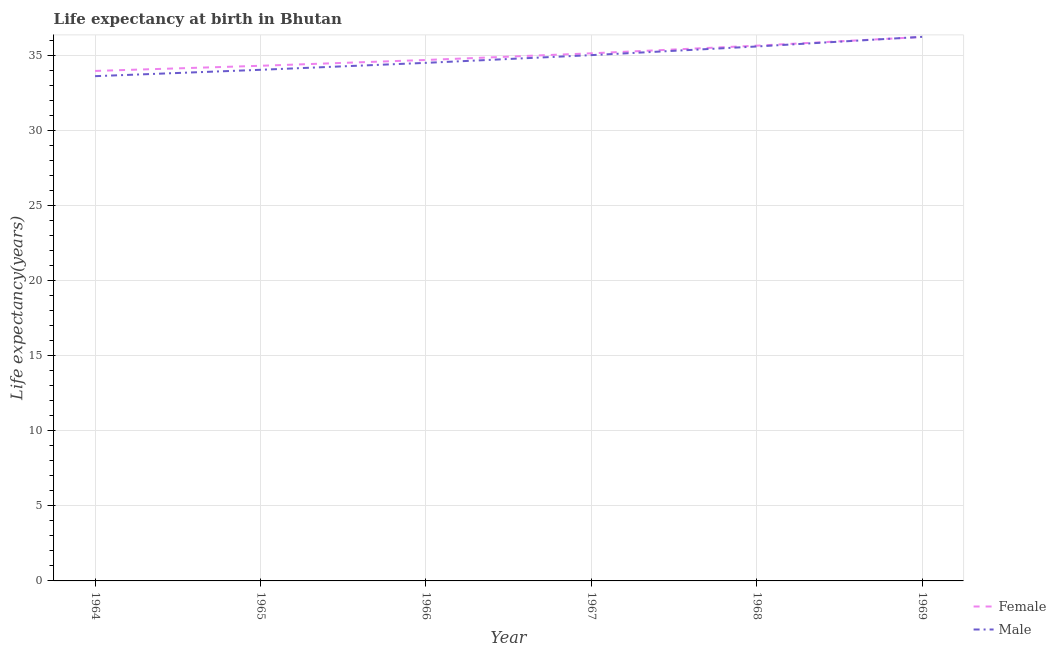
| Year | Female | Male |
 | --- | --- | --- |
 | 1964 | 34 | 33.6 |
 | 1965 | 34.3 | 34.1 |
 | 1966 | 34.7 | 34.5 |
 | 1967 | 35.2 | 35 |
 | 1968 | 35.7 | 35.6 |
 | 1969 | 36.3 | 36.3 |